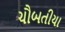
ચૌબતીયા